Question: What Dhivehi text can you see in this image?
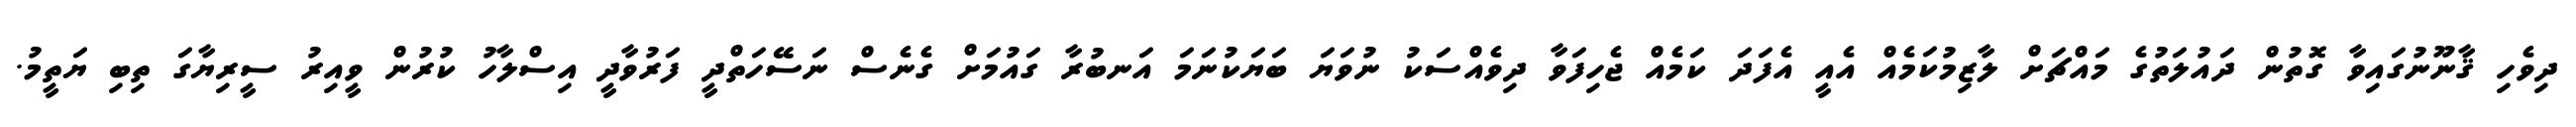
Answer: ދިވެހި ޤާނޫނުގައިވާ ގޮތުން ދައުލަތުގެ މައްޗަށް ލާޒިމުކަމެއް އެއީ އެފަދަ ކަމެއް ޖެހިފަވާ ދިވެއްސަކު ނުވަޔަ ބަޔަކުނަމަ އަނބުރާ ގައުމަށް ގެނެސް ނަސޭހަތްދީ ފަރުވާދީ އިސްލާހު ކުރުން ވީއިރު ސީރިޔާގަ ތިބި ޔަތީމު.